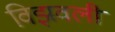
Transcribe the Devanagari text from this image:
विझवली